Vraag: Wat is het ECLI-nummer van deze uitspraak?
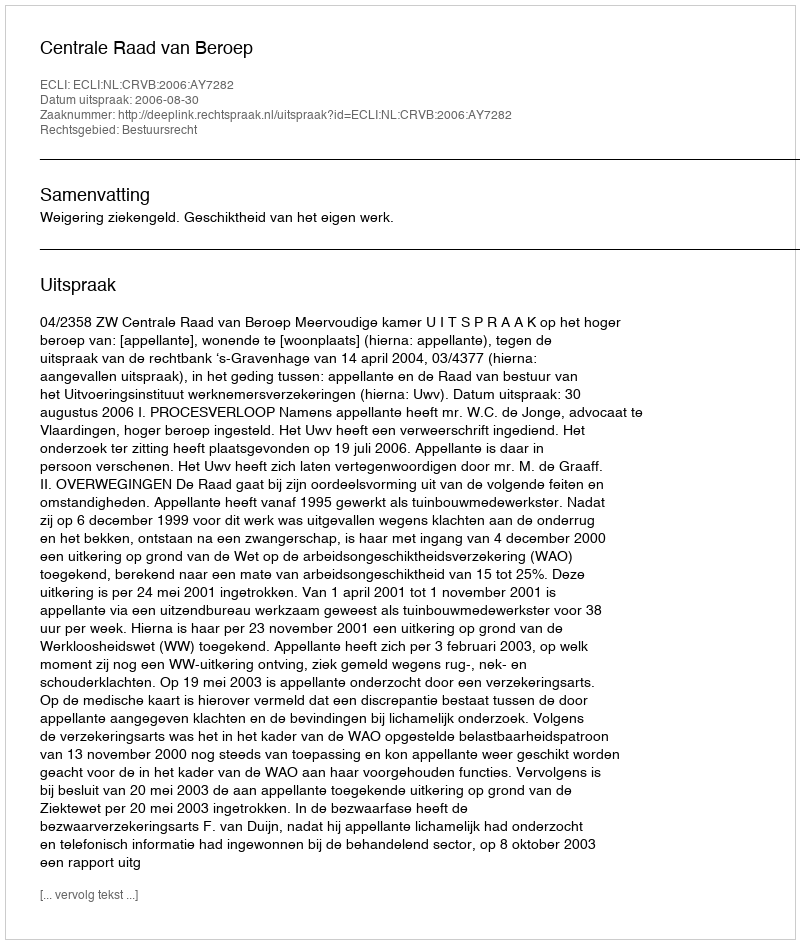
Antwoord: ECLI:NL:CRVB:2006:AY7282